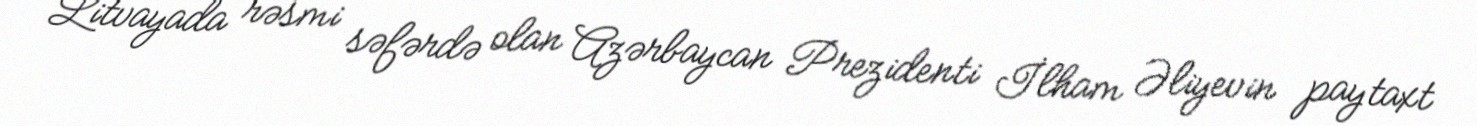
Litvayada rəsmi səfərdə olan Azərbaycan Prezidenti İlham Əliyevin paytaxt